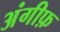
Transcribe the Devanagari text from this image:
अंगीफ़